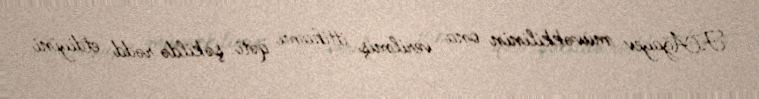
F.Ağayev müvəkkilinin ona verilmiş ittihamı qəti şəkildə rədd etdiyini